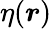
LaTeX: \eta(\boldsymbol{r})